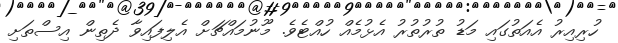
ހުރިއިރު އެއަތުގައި މަޑު ތުރުތުރު އެޅުމެއް ހުއްޓެވެ. މޫނުމައްޗަށް އެލިފައިވާ ދެތިން އިސްތަށި